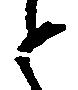
と